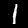
Digit: 1